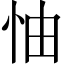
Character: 怞